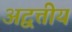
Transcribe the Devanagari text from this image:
अद्वत्तीय